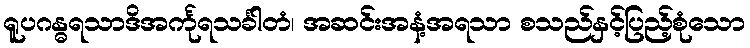
ရူပဂန္ဓရသာဒိအင်္ကုရသင်္ခါတံ၊ အဆင်းအနံ့အရသာ စသည်နှင့်ပြည့်စုံသော